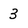
Character: 3